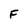
Character: F